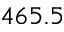
4 6 5 . 5